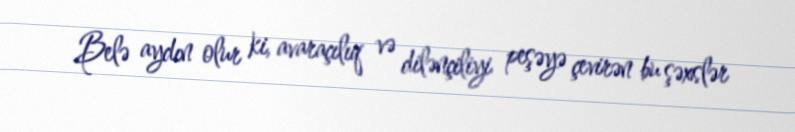
Belə aydın olur ki, avaraçılıq və dilənçiliyi peşəyə çevirən bu şəxslər